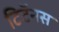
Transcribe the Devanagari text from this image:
टिटॅनस